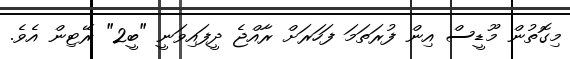
މިގޮތުން މޫޑީސް އިން ފުރަތަމަ ފަހަރަށް ރާއްޖެ ދީފައިވަނީ "ބީ2" ރޭޓިން އެވެ.